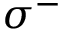
\sigma ^ { - }